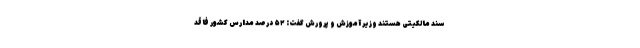
سند مالکیتی هستند وزیر آموزش و پرورش گفت: ۵۲ درصد مدارس کشور فاقد